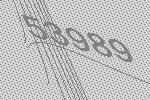
53989